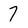
Character: 7